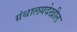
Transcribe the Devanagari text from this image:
ग्रंथालयदेखील